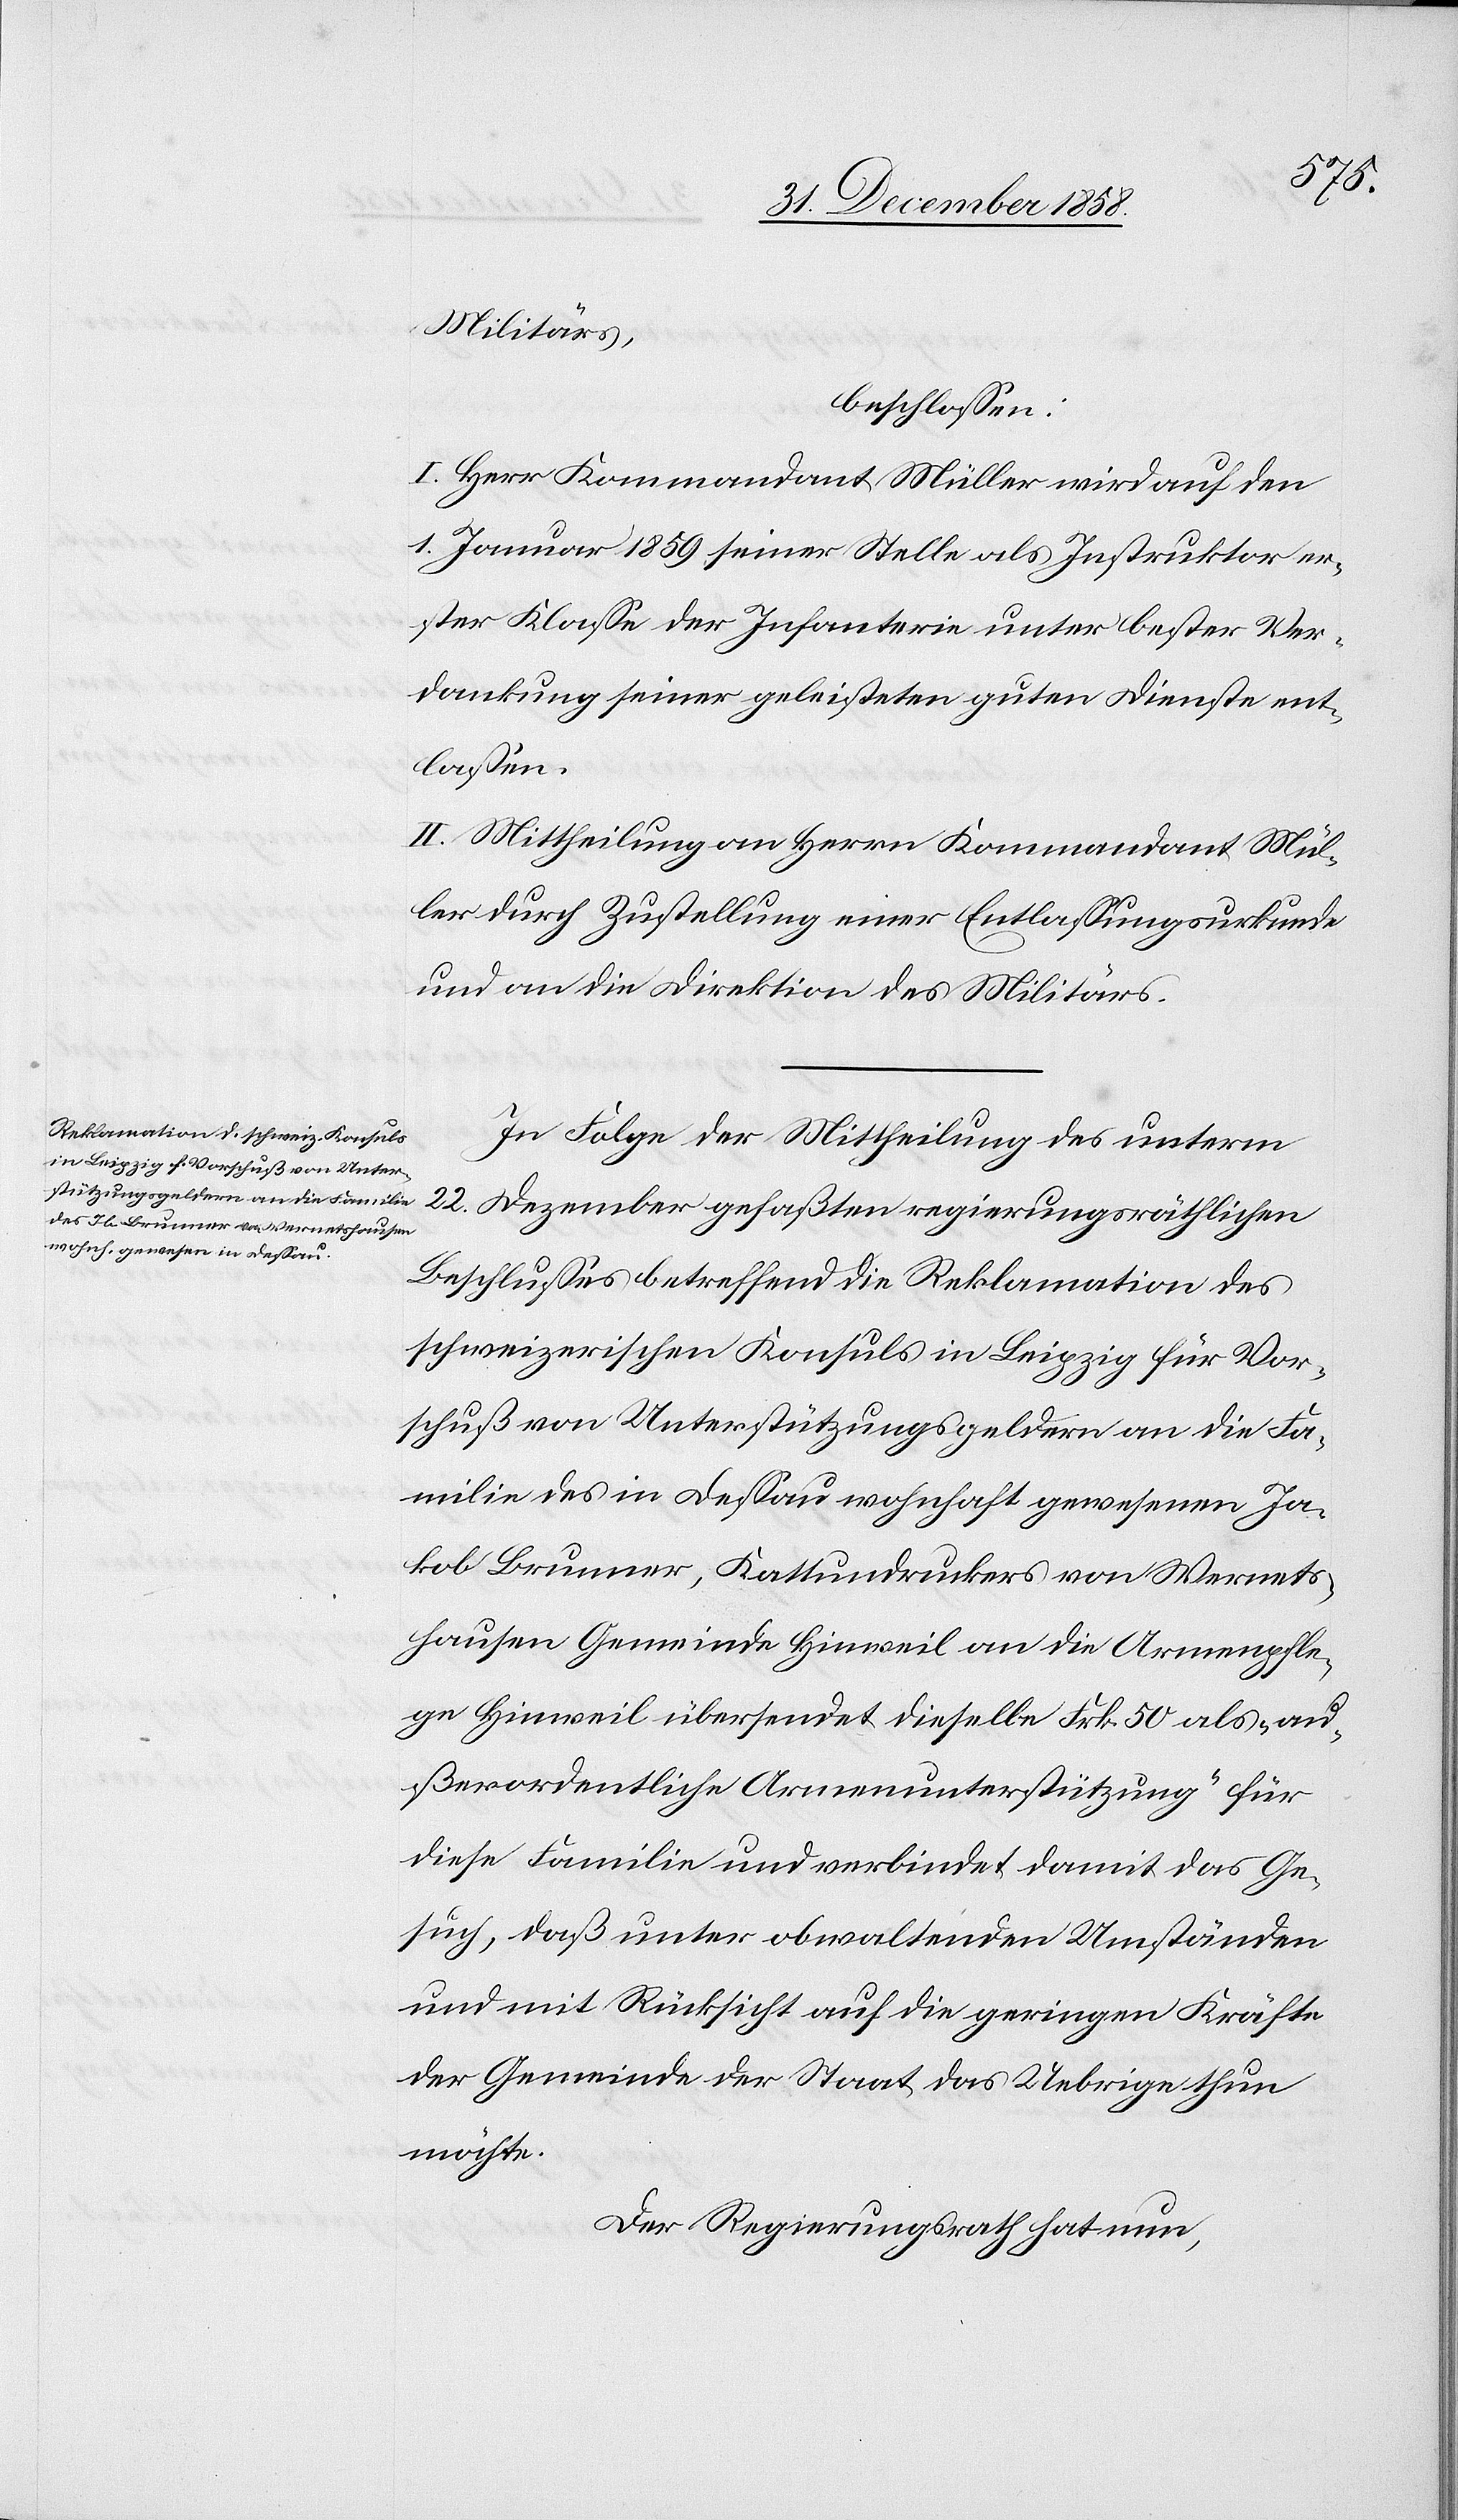
Militärs,
beschlossen:
I. Herr Kommandant Müller wird auf den
1. Januar 1859 seiner Stelle als Instruktor er¬
ster Klasse der Infanterie unter bester Ver¬
dankung seiner geleisteten guten Dienste ent¬
lassen.
II. Mittheilung an Herrn Kommandant Mül¬
ler durch Zustellung einer Entlassungsurkunde
und an die Direktion des Militärs.
In Folge der Mittheilung des unterm
22. Dezember gefaßten regierungsräthlichen
Beschlusses betreffend die Reklamation des
schweizerischen Konsuls in Leipzig für Vor¬
schuß von Unterstützungsgeldern an die Fa¬
milie des in Dessau wohnhaft gewesenen Ja¬
kob Brunner, Kattundruckers von Wernets¬
hausen Gemeinde Hinweil an die Armenpfle¬
ge Hinweil übersendet dieselbe Frk. 50 als „au¬
ßerordentliche Armenunterstützung“ für
diese Familie und verbindet damit das Ge¬
such, daß unter obwaltenden Umständen
und mit Rücksicht auf die geringen Kräfte
der Gemeinde der Staat das Uebrige thun
möchte.
Der Regierungsrath hat nun,